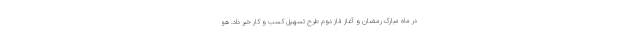
در ماه مبارک رمضان و آغاز فاز دوم طرح تسهیل کسب و کار خبر داد. هو